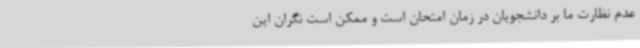
عدم نظارت ما بر دانشجویان در زمان امتحان است و ممکن است نگران این